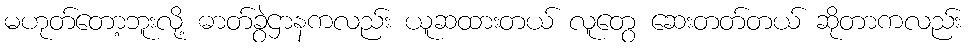
မဟုတ်တော့ဘူးလို့ ဓာတ်ခွဲဌာနကလည်း ယူဆထားတယ် လူတွေ ဆေးတတ်တယ် ဆိုတာကလည်း